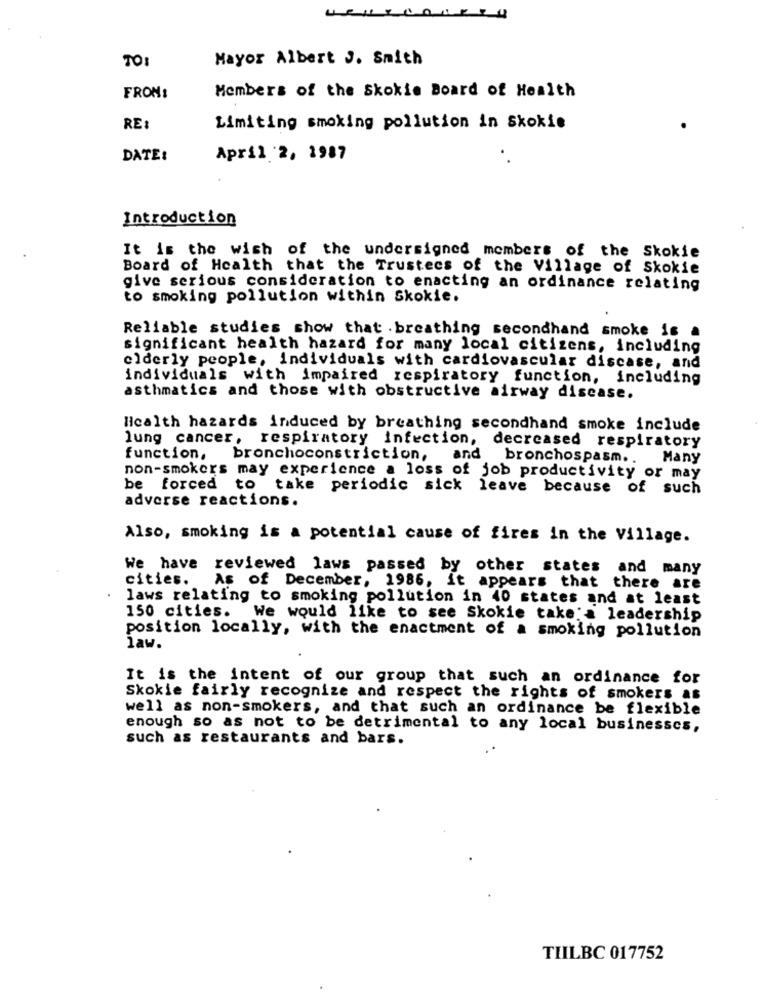
TO:
Mayor Albert J. Smith
FROM:
Members of the Skokie Board of Health
RE:
Limiting smoking pollution in Skokie
DATE:
April 2, 1987
Introduction
It is the wish of the undersigned members of the Skokie
Board of Health that the Trustecs of the Village of Skokie
give serious consideration to enacting an ordinance relating
to smoking pollution within Skokie.
Reliable studies show that .breathing secondhand smoke is a
significant health hazard for many local citizens, including
elderly people, individuals with cardiovascular disease, and
individuals with impaired respiratory function, including
asthmatics and those with obstructive airway disease.
Health hazards induced by breathing secondhand smoke include
lung cancer, respiratory infection, decreased respiratory
function, bronchoconstriction, and
bronchospasm ..
Many
non-smokers may experience a loss of job productivity or may
be forced to take periodic sick leave because of such
adverse reactions.
Also, smoking is a potential cause of fires in the Village.
We have reviewed laws passed by other states and many
cities. As of December, 1986, it appears that there are
laws relating to smoking pollution in 40 states and at least
150 cities. We would like to see Skokie take'a leadership
position locally, with the enactment of a smoking pollution
law.
It is the intent of our group that such an ordinance for
Skokie fairly recognize and respect the rights of smokers as
well as non-smokers, and that such an ordinance be flexible
enough so as not to be detrimental to any local businesses,
such as restaurants and bars.
TIILBC 017752